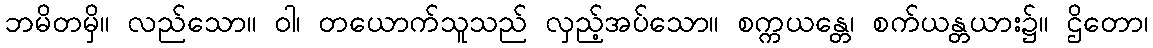
ဘမိတမှိ။ လည်သော။ ဝါ၊ တယောက်သူသည် လှည့်အပ်သော။ စက္ကယန္တေ၊ စက်ယန္တယား၌။ ဌိတော၊